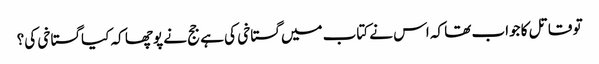
تو قاتل کا جواب تھا کہ اس نے کتاب میں گستاخی کی ہے جج نے پوچھا کہ کیا گستاخی کی؟